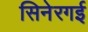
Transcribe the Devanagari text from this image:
सिनेरगई